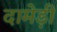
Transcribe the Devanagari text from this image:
दामेड़ी